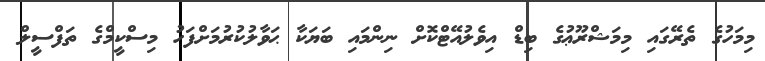
މިމަހުގެ ތެރޭގައި މިމަޝްރޫޢުގެ ބިޑް އިވެލުއޭޓްކޮށް ނިންމައި ބަޔަކާ ޙަވާލުކުރުމަށްފަހު މިސްކީމްގެ ތަފްސީލް